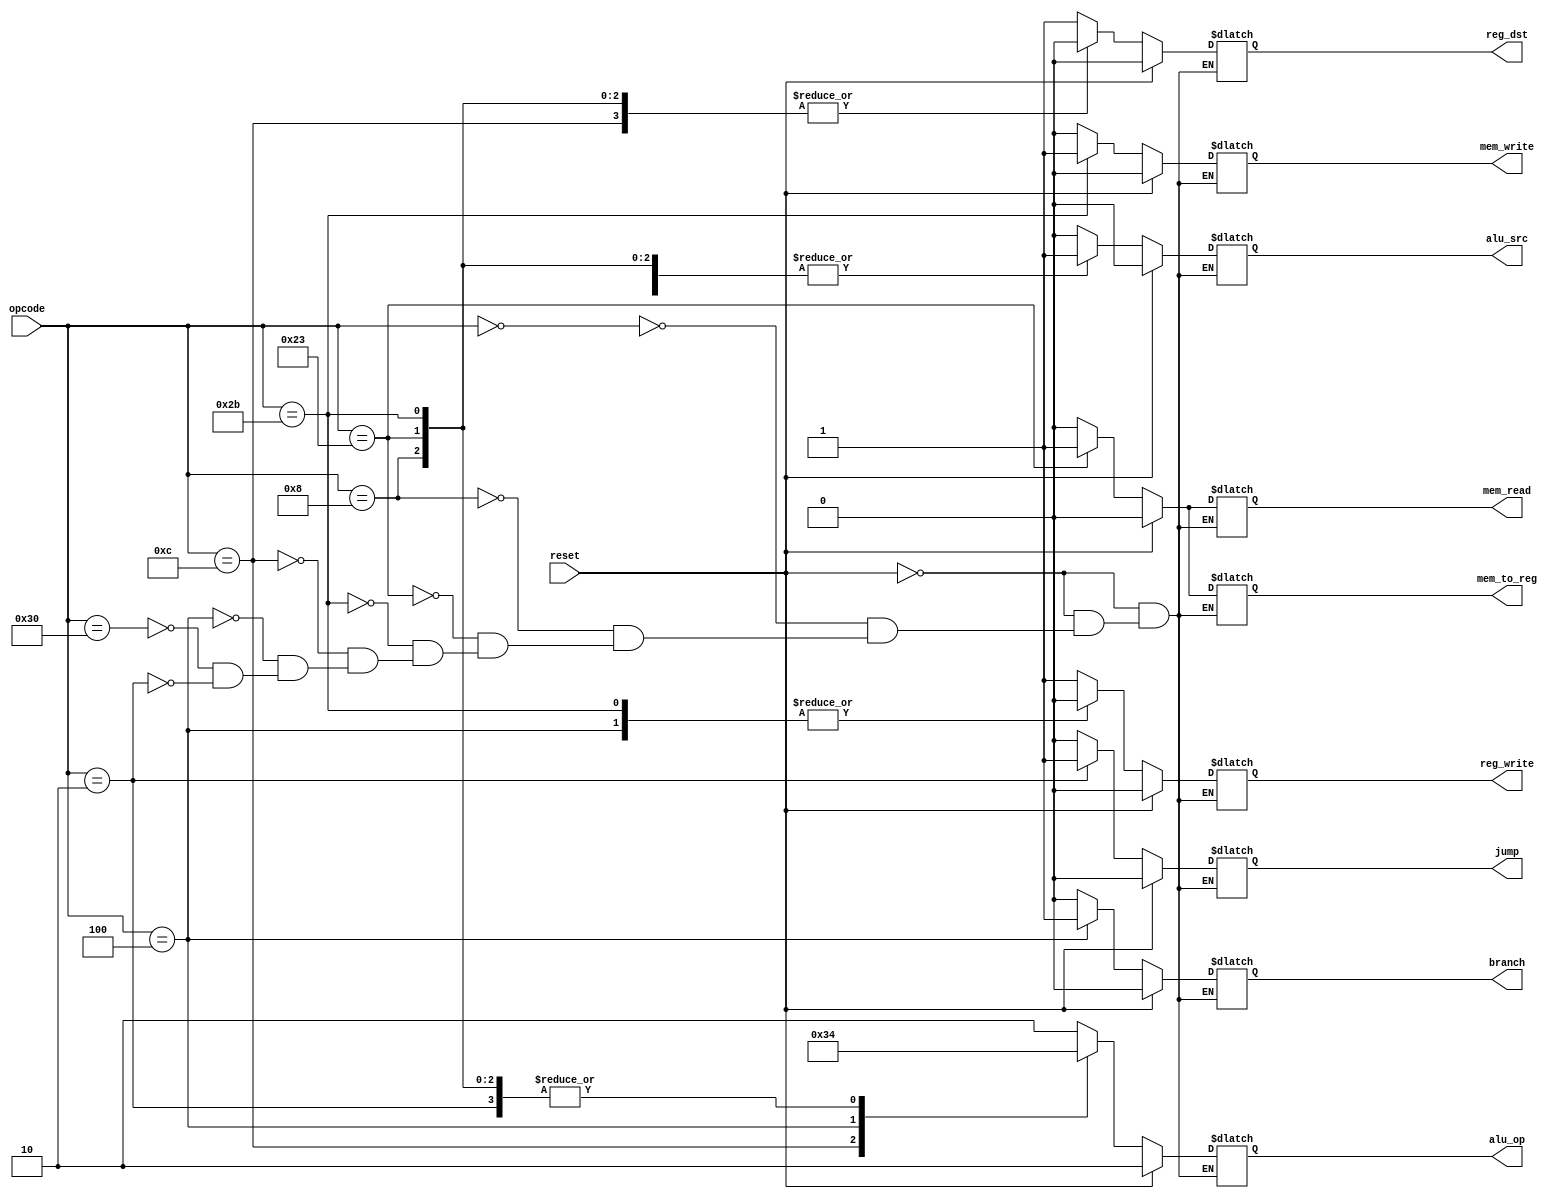
`timescale 1ns / 1ps



module control(
    input reset,
    input[5:0] opcode,  
    output reg reg_dst, mem_to_reg, 
    output reg [1:0] alu_op,  
    output reg mem_read, mem_write, alu_src, reg_write, branch, jump 
    );
    
always @(*)  
begin  
   if(reset == 1'b1) 
   begin  
      reg_dst = 1'b0;  
      mem_to_reg = 1'b0;  
      alu_op = 2'b10;  
      mem_read = 1'b0;  
      mem_write = 1'b0;  
      alu_src = 1'b0;  
      reg_write = 1'b0;  
      branch = 1'b0;  
      jump = 1'b0;
   end  
   else 
   begin  
      case(opcode)
         
      6'b000000: 
      begin // add, and, or, sub 
            reg_dst = 1'b1;  
            mem_to_reg = 1'b0;  
            alu_op = 2'b10;  
            mem_read = 1'b0;  
            mem_write = 1'b0;  
            alu_src = 1'b0;  
            reg_write = 1'b1;  
            branch = 1'b0;
            jump = 1'b0;  
      end          
      6'b001000: 
      begin // addi 
            reg_dst = 1'b0;  
            mem_to_reg = 1'b0;  
            alu_op = 2'b00;  
            mem_read = 1'b0;  
            mem_write = 1'b0;  
            alu_src = 1'b1;  
            reg_write = 1'b1;    
            branch = 1'b0;  
            jump = 1'b0;
      end 
      6'b100011: 
      begin // lw  
            reg_dst = 1'b0;  
            mem_to_reg = 1'b1;  
            alu_op = 2'b00;    
            mem_read = 1'b1;  
            mem_write = 1'b0;  
            alu_src = 1'b1;  
            reg_write = 1'b1;
            branch = 1'b0;  
            jump = 1'b0;   
       end   
      6'b101011: 
      begin // sw  
            reg_dst = 1'b0;  
            mem_to_reg = 1'b0;  
            alu_op = 2'b00;    
            mem_read = 1'b0;  
            mem_write = 1'b1;  
            alu_src = 1'b1;  
            reg_write = 1'b0;
            branch = 1'b0;
            jump = 1'b0;
      end
      
      
      6'b001100: 
      begin // andi  
            reg_dst = 1'b0; //I-type 
            mem_to_reg = 1'b0; //data coming from an ALU operation
            alu_op = 2'b11;    
            mem_read = 1'b0; //no memory read involved
            mem_write = 1'b0; //no memory write operation involved
            alu_src = 1'b1; //second operation is an immediate value  
            reg_write = 1'b1; //the result is written into a register
            branch = 1'b0;  
            jump = 1'b0;
      end
          
      6'b000100: 
      begin // beq  
            reg_dst = 1'bx; //I-type 
            mem_to_reg = 1'bx; //no data is written to a register, mem_to_reg is NA
            alu_op = 2'b01;    
            mem_read = 1'b0; //no memory read involved
            mem_write = 1'b0; //no memory write operation involved
            alu_src = 1'b0; //second operation is an immediate value  
            reg_write = 1'b0; //there is no write operation to a register
            branch = 1'b1;
            jump = 1'b0;
      end
      
      
      6'b110000: 
      begin // sll, srl, sra   
            reg_dst = 1'b1; //R-type 
            mem_to_reg = 1'b0; //result comes from an ALU operation 
            alu_op = 2'b10;    
            mem_read = 1'b0; //no memory read involved
            mem_write = 1'b0; //no memory write operation involved
            alu_src = 1'b1; //both input comes from register 
            reg_write = 1'b1; //write operation is performed on the destination register
            branch = 1'b0;
            jump = 1'b0;
      end
      
      6'b000010: 
      begin // jump 
            reg_dst = 1'bx; //R-type 
            mem_to_reg = 1'bx; //result comes from an ALU operation 
            alu_op = 2'b00;    
            mem_read = 1'b0; //no memory read involved
            mem_write = 1'b0; //no memory write operation involved
            alu_src = 1'b0; //both input comes from register 
            reg_write = 1'b1; //write operation is performed on the destination register
            jump = 1'b1;
            branch = 1'b0;
      end
      
      endcase  
   end  
 end 
 endmodule